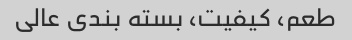
طعم، کیفیت، بسته بندی عالی